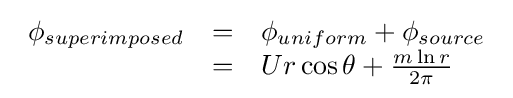
{\begin{array}{lcl}\phi _{superimposed}&=&\phi _{uniform}+\phi _{source}\\&=&Ur\cos {\theta }+{\frac {m\ln {r}}{2\pi }}\end{array}}